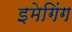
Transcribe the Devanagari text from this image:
इमेगिंग